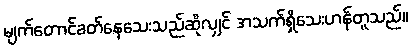
မျက်တောင်ခတ်နေသေးသည်ဆိုလျှင် အသက်ရှိသေးဟန်တူသည်။